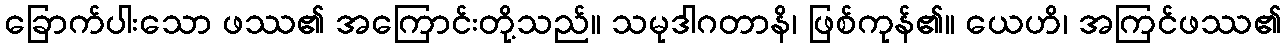
ခြောက်ပါးသော ဖဿ၏ အကြောင်းတို့သည်။ သမုဒါဂတာနိ၊ ဖြစ်ကုန်၏။ ယေဟိ၊ အကြင်ဖဿ၏